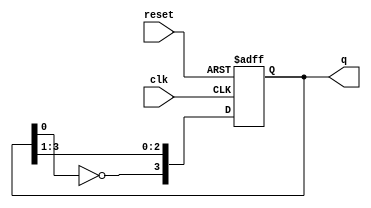
module modified_johnson_counter (
    input wire clk,          // Clock input
    input wire reset,        // Asynchronous reset
    output reg [3:0] q       // 4-bit output
);

    // Always block triggered on the rising edge of the clock or reset
    always @(posedge clk or posedge reset) begin
        if (reset) begin
            // Asynchronous reset to known state
            q <= 4'b0000; // Initialize to 0
        end else begin
            // Modified Johnson Counter logic
            q[3] <= ~q[0]; // Feedback from inverted last flip-flop to first
            q[2] <= q[3];  // Shift the state
            q[1] <= q[2];  // Shift the state
            q[0] <= q[1];  // Shift the state
        end
    end

endmodule